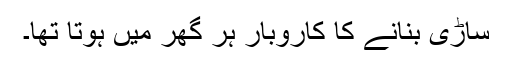
ساڑی بنانے کا کاروبار ہر گھر میں ہوتا تھا۔